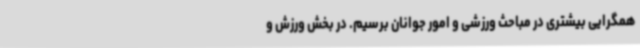
همگرایی بیشتری در مباحث ورزشی و امور جوانان برسیم. در بخش ورزش و